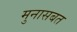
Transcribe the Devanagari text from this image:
मुनासबत